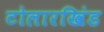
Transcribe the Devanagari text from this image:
टोलारखिंड